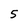
Character: 5